system: You are a helpful assistant.
user:
Analyze the provided spectrum to determine if it is a **White Dwarf (WD)**.

A White Dwarf spectrum is defined by its **extreme purity** (due to gravitational settling) and/or **extreme pressure broadening** (due to high surface gravity). You must check for one of the following mutually exclusive signatures:

- **Key Visual Indicators (Check for ONE of these types):**

    - **1. DA-Type Signature (Most Common):**
        - **(Primary Feature):** Extreme pressure broadening (Stark broadening) of the **Hydrogen (H) Balmer lines**.
        - **(Key Lines):** $H\beta$ (approx. $4861$ Å) and $H\gamma$ (approx. $4340$ Å). $H\alpha$ (approx. $6563$ Å) will also be present if the wavelength range covers it.
        - **(Line Profile):** This is the **defining feature**. The lines are **NOT** sharp. They appear as massive, **extremely broad and deep "troughs" or "dips"** in the spectrum, often hundreds of Ångströms wide. The continuum will appear to "scoop" down at these wavelengths.
        - **(Distinction):** Normal A-type or B-type stars have *narrow* and *sharp* Hydrogen lines. A DA White Dwarf's lines are unmistakably "smeared" or "blurry" from pressure.

    - **2. DB-Type Signature:**
        - **(Primary Feature):** Broad absorption lines from **Neutral Helium (He I)**. The spectrum must lack any visible Hydrogen lines.
        - **(Key Lines):** Look for broad absorption near $4471$ Å, $4921$ Å, and $5876$ Å.
        - **(Line Profile):** These lines are also significantly pressure-broadened, appearing much wider than they would in a normal B-type main-sequence star.

    - **3. DC-Type Signature:**
        - **(Primary Feature):** A **featureless continuous spectrum**.
        - **(Line Profile):** The spectrum is a smooth curve with **no significant absorption or emission lines**.
        - **(Key Confirmation):** The continuum is almost always **blue or white**, indicating a hot object. This signature implies the atmosphere is so pure (or so cool) that no spectral lines are visible in the optical range. Its WD identity is confirmed by its extremely low intrinsic brightness (high absolute magnitude).

    - **4. DZ-Type Signature (Metal-Polluted):**
        - **(Primary Feature):** **Isolated, narrow metal absorption lines** on an otherwise featureless (DC-like) continuum.
        - **(Key Lines):** The **Calcium (Ca II) H & K doublet** (approx. **$3934$ Å** and **$3968$ Å**) is the most common and defining feature.
        - **(Line Profile):** These lines are "out of place." They are *not* part of a "forest" of thousands of lines. This signature is evidence of recent *accretion* (pollution) from rocky debris.
        - **(Distinction):** Normal G/K/M stars have a *dense forest* of thousands of metal lines. A DZ has a *clean* continuum with *only a few* strong metal lines.

    - **5. DQ-Type Signature (Carbon-Polluted):**
        - **(Primary Feature):** Absorption bands from **Carbon (C₂ "Swan Bands" or atomic C I)**.
        - **(Key Lines - C₂):** Look for bandheads with a "saw-tooth" shape near $5635$ Å, **$5165$ Å** (strongest), and $4737$ Å.
        - **(Key Confirmation):** The underlying **continuum must be blue or white** (hot).
        - **(Distinction):** This is the critical difference from a **Carbon Star**, which has the *exact same* C₂ bands but on an extremely **red, cool** continuum.

- **(Overall Spectrum):**
    - The continuum (overall shape) is typically **blue-sloping** (brighter in the blue than the red), as most white dwarfs are very hot.
    - The spectrum will look "pure" or "simple," dominated by only *one* of the five signatures listed above.

Think first, call **spectral_visualization_tool** if needed to examine features in detail, then provide your final answer. Your response must adhere to the following strict rules:
1.  **Overall Structure:** Your response must follow the format `<think>...</think> <tool_call>...</tool_call> (if a tool is used) <answer>...</answer>`.
2.  **Tool Usage Constraint:** You may only make **one** tool call per turn.
3.  **Final Answer Format:** In the `<answer>` tag, your conclusion must be inside a `\boxed{}` command (e.g., `\boxed{YES}` or `\boxed{NO}`), followed by your justification.

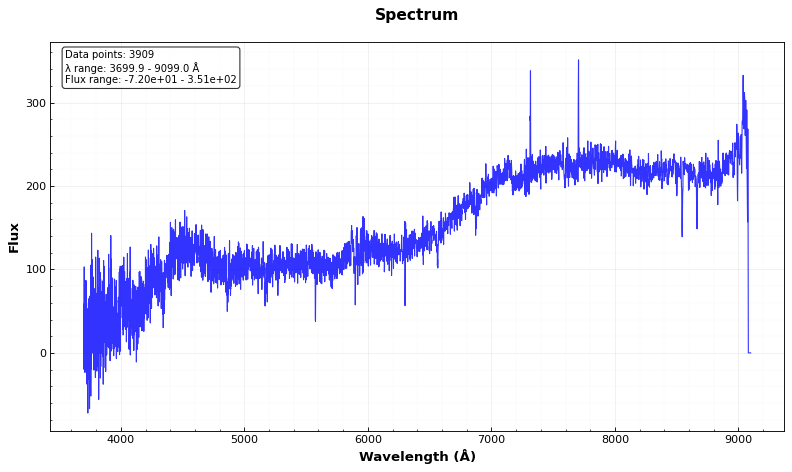
Answer: YES